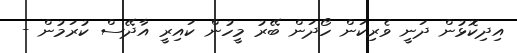
އިދިކޮޅުން ދަނީ ވެރިކަން ހޯދަން ބޭރު މީހުން ކައިރީ އާދޭސް ކުރަމުން -